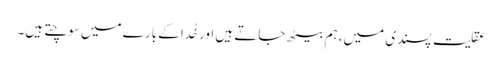
عقلیت پسندی میں، ہم بیٹھ جاتے ہیں اور خُدا کے بارے میں سوچتے ہیں۔